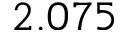
2 . 0 7 5